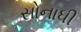
સોનાધી